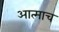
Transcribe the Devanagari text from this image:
आत्माच